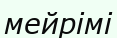
мейрімі